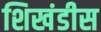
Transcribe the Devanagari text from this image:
शिखंडीस